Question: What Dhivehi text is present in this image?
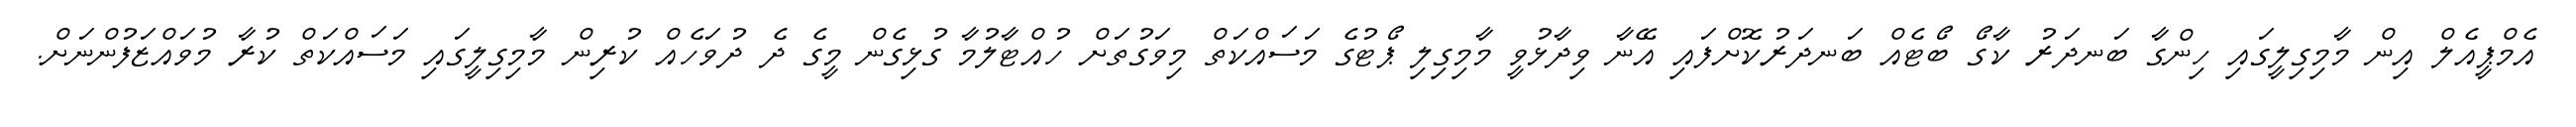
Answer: އެމްޕީއެލް އިން މާމިގިލީގައި ހިންގާ ބަނދަރު ކާގޯ ބޯޓެއް ބަނދަރުކޮށްފައި އޭނާ ވިދާޅުވީ މާމިގިލި ޕޯޓުގެ މަސައްކަތް މިވަގުތަށް ހުއްޓާލުމާ ގުޅިގެން މީގެ ދެ ދުވަހެއް ކުރިން މާމިގިލީގައި މަސައްކަތް ކުރާ މުވައްޒަފުންނަށް.